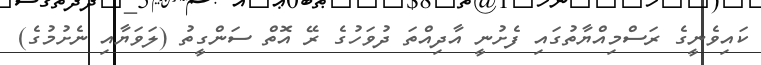
ކައިވެނީގެ ރަސްމިއްޔާތުގައި ފެށުނީ އާދިއްތަ ދުވަހުގެ ރޭ އޮތް ސަންގީތު (ލަވަޔާއި ނެށުމުގެ)